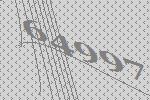
64997